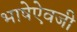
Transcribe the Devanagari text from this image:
भाषेऐवजी